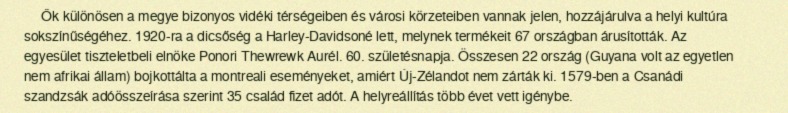
Ők különösen a megye bizonyos vidéki térségeiben és városi körzeteiben vannak jelen, hozzájárulva a helyi kultúra sokszínűségéhez. 1920-ra a dicsőség a Harley-Davidsoné lett, melynek termékeit 67 országban árusították. Az egyesület tiszteletbeli elnöke Ponori Thewrewk Aurél. 60. születésnapja. Összesen 22 ország (Guyana volt az egyetlen nem afrikai állam) bojkottálta a montreali eseményeket, amiért Új-Zélandot nem zárták ki. 1579-ben a Csanádi szandzsák adóösszeírása szerint 35 család fizet adót. A helyreállítás több évet vett igénybe.